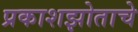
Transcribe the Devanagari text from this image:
प्रकाशझोताचे